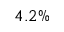
4 . 2 \%